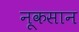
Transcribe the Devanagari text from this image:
नूकसान